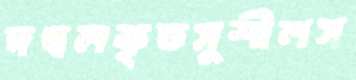
দখলকৃতসুশীলস